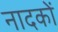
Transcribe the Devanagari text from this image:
नादकों